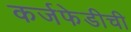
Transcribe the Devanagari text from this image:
कर्जफेडीची